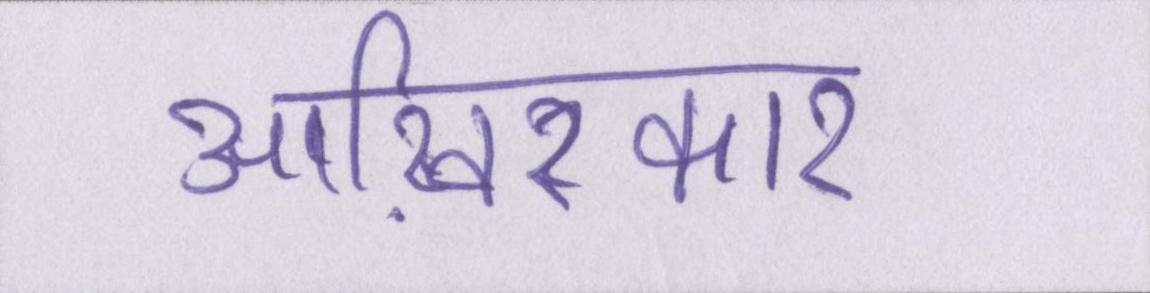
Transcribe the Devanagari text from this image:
आख़िरकार